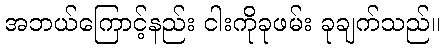
အဘယ်ကြောင့်နည်း ငါးကိုခုဖမ်း ခုချက်သည်။